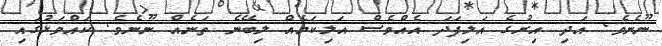
ނޫނެވެ. އަދި އިރުގެ އަލިފަދަ އެއްވެސް އަލިކަމެއް ލިބޭނެ ތަނެއް ނޫނެވެ. ކައްވަޅުގައި